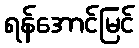
ရန်အောင်မြင်